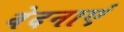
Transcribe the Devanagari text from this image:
वेदनाएं